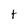
Character: t